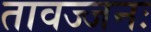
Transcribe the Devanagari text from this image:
तावज्जनः